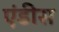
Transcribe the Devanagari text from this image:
एंडीस